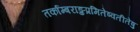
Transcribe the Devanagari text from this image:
तर्काम्बराङ्कप्रमितेष्वतीतेषु